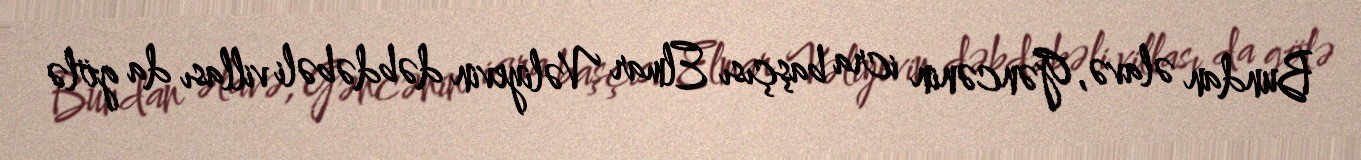
Bundan əlavə, Gəncənin icra başçısı Elmar Vəliyevin dəbdəbəli villası da gölə